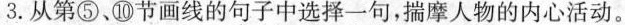
3. 从第⑤、⑩节画线的句子中选择一句，揣摩人物的内心活动。